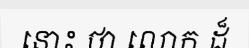
នោះ ថា លោក ដ៏